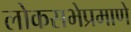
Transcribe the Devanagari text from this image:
लोकसभेप्रमाणे